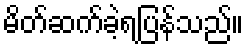
မိတ်ဆက်ခဲ့ရပြန်သည်။